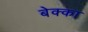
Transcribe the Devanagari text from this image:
बेक्का